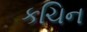
કચિન